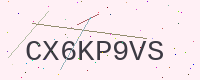
Text: CX6KP9VS